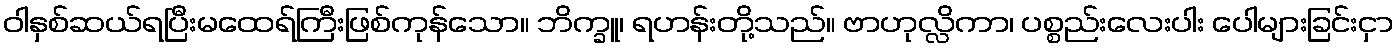
ဝါနှစ်ဆယ်ရပြီးမထေရ်ကြီးဖြစ်ကုန်သော။ ဘိက္ခူ၊ ရဟန်းတို့သည်။ ဗာဟုလ္လိကာ၊ ပစ္စည်းလေးပါး ပေါများခြင်းငှာ